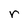
Character: r